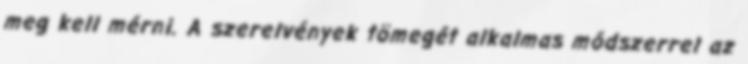
meg kell mérni. A szerelvények tömegét alkalmas módszerrel az